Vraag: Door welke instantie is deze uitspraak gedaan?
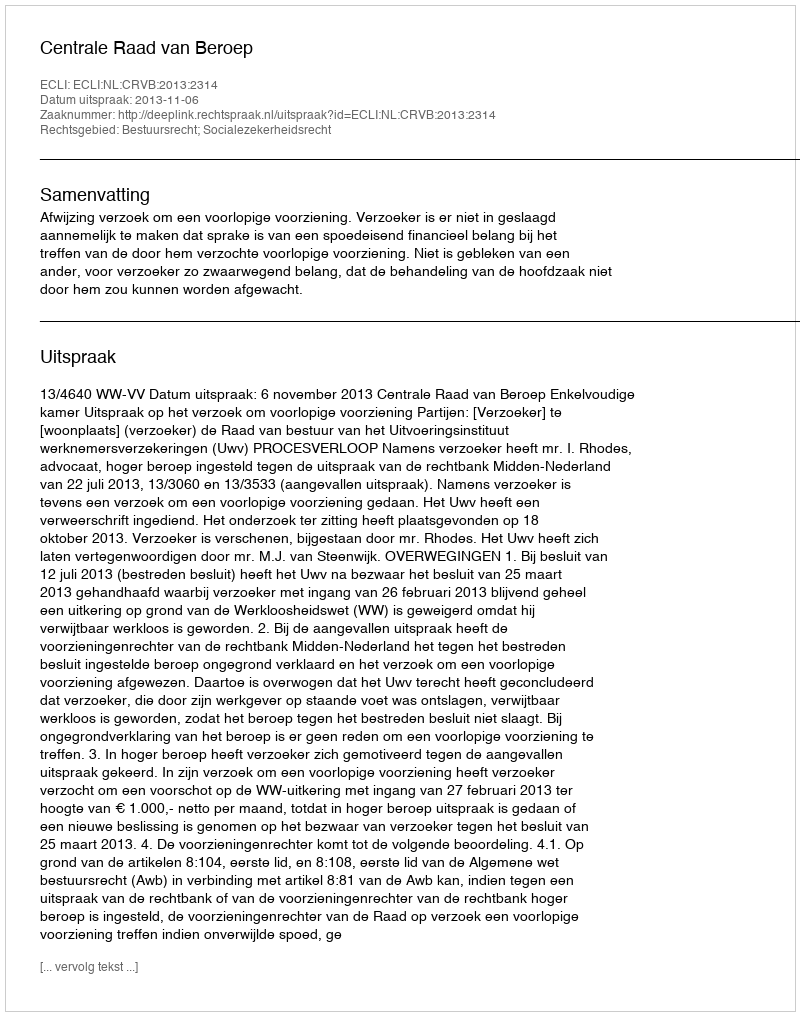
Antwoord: Centrale Raad van Beroep